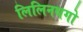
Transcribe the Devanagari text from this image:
लिलिनथगो